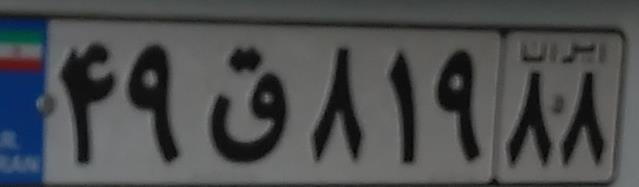
۴۹ق۸۱۹۸۸